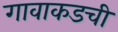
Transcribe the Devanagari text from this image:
गावाकडची